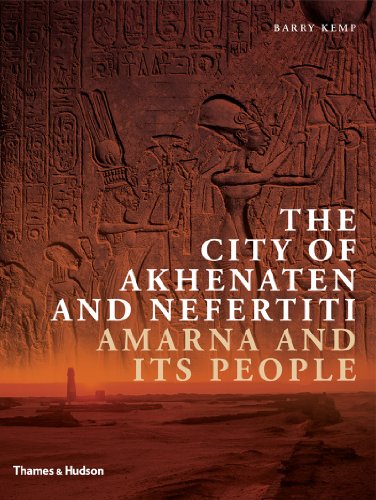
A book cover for The City of Akhenaten and Nefertiti: Amarna and Its People (New Aspects of Antiquity); Barry Kemp; History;